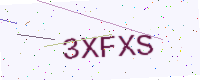
Text: 3XFXS